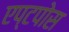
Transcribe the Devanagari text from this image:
एप्टपोस